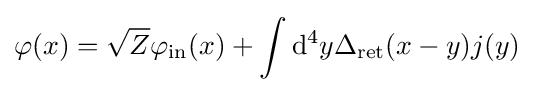
\varphi (x)={\sqrt {Z}}\varphi _{\mathrm {in} }(x)+\int \mathrm {d} ^{4}y\Delta _{\mathrm {ret} }(x-y)j(y)